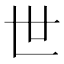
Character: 世